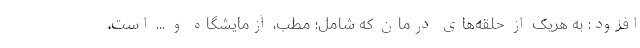
افزود: به هریک از حلقه‌های درمان که شامل؛ مطب، آزمایشگاه و ... است،